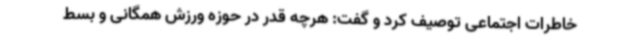
خاطرات اجتماعی توصیف کرد و گفت: هرچه قدر در حوزه ورزش همگانی و بسط